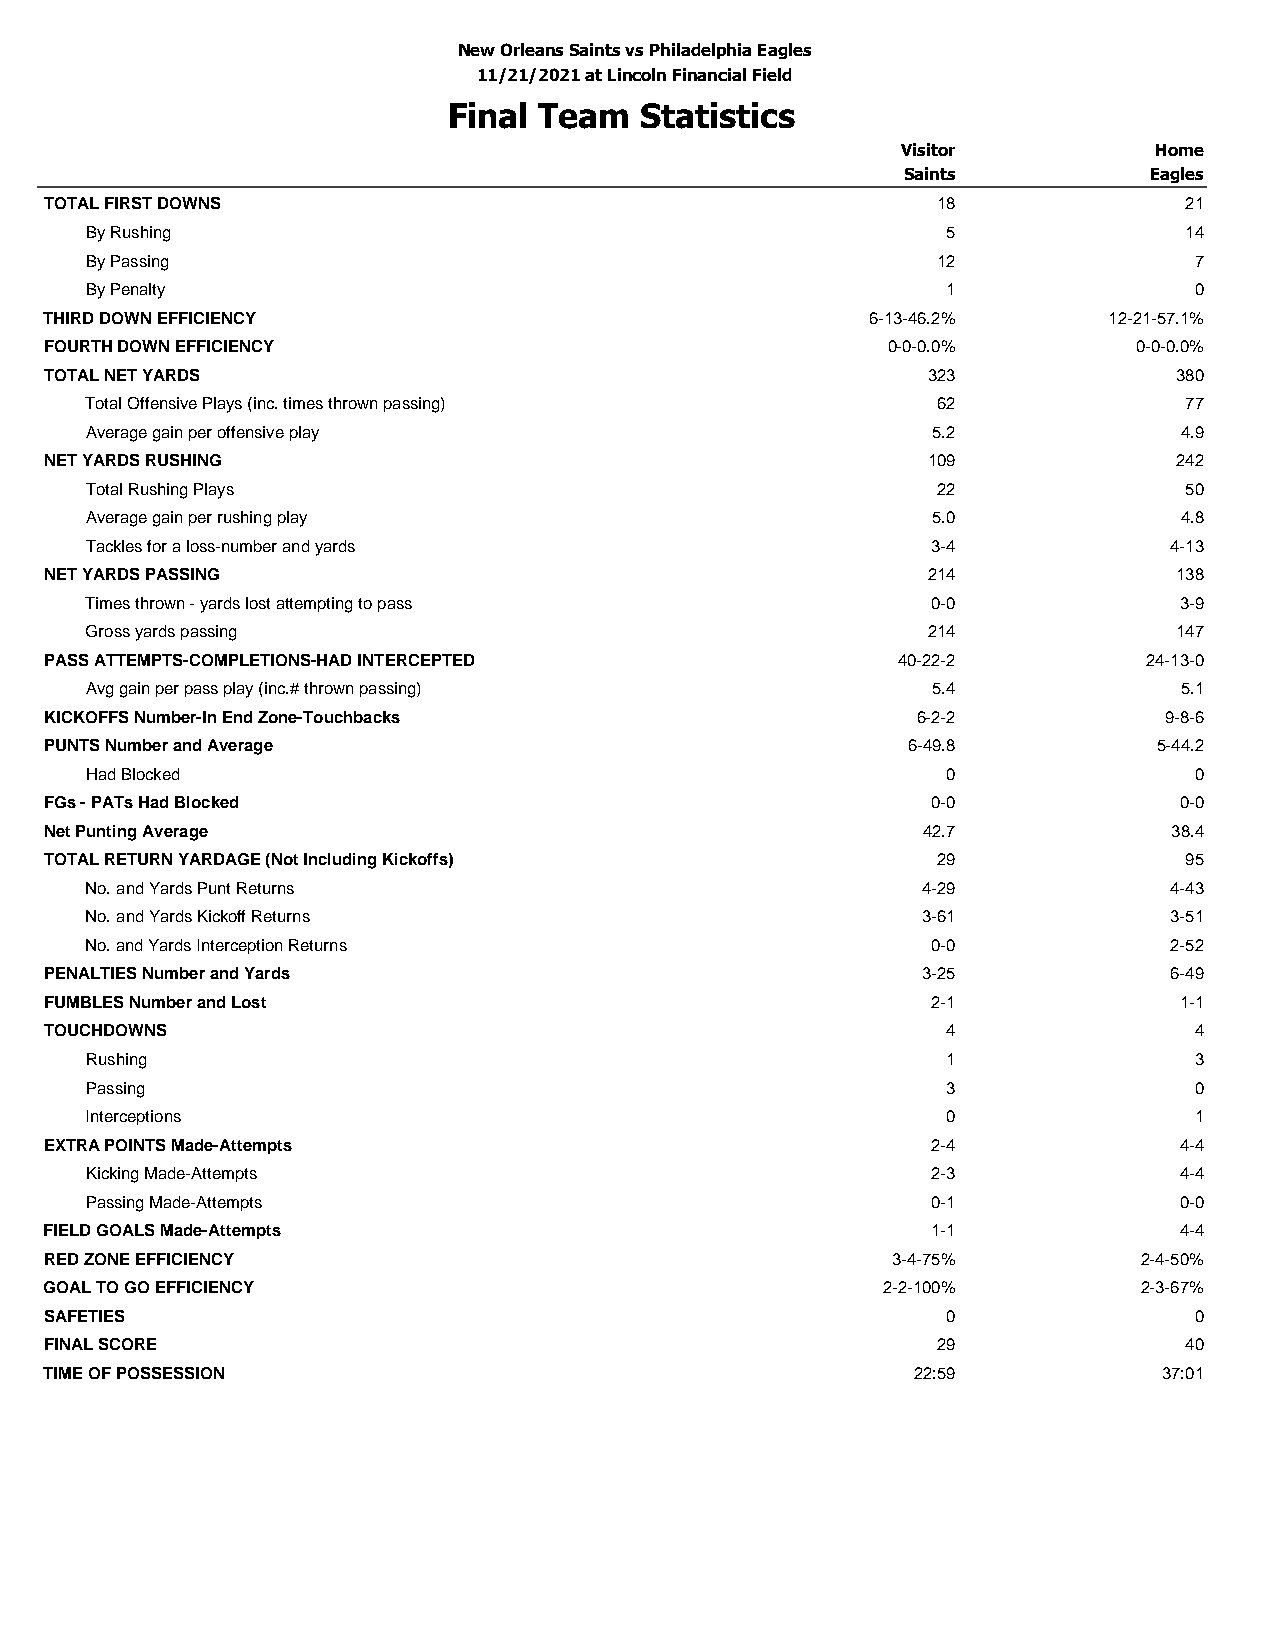
New Orleans Saints vs Philadelphia Eagles
 11/21/2021 at Lincoln Financial Field
 Final Team  Statistics
 Visitor         Home
 Saints          Eagles
 TOTAL FIRST DOWNS                                          18              21
 By Rushing                                               5              14
 By Passing                                              12               7
 By Penalty                                               1               0
 THIRD DOWN EFFICIENCY                                  6-13-46.2%     12-21-57.1%
 FOURTH DOWN EFFICIENCY                                  0-0-0.0%        0-0-0.0%
 TOTAL NET YARDS                                           323              380
 Total Offensive Plays (inc. times thrown passing)       62              77
 Average gain per offensive play                         5.2             4.9
 NET YARDS RUSHING                                         109              242
 Total Rushing Plays                                     22              50
 Average gain per rushing play                           5.0             4.8
 Tackles for a loss-number and yards                     3-4            4-13
 NET YARDS PASSING                                         214              138
 Times thrown - yards lost attempting to pass            0-0             3-9
 Gross yards passing                                    214              147
 PASS ATTEMPTS-COMPLETIONS-HAD INTERCEPTED               40-22-2          24-13-0
 Avg gain per pass play (inc.# thrown passing)           5.4             5.1
 KICKOFFS Number-In End Zone-Touchbacks                    6-2-2           9-8-6
 PUNTS Number and Average                                 6-49.8           5-44.2
 Had Blocked                                              0               0
 FGs - PATs Had Blocked                                     0-0             0-0
 Net Punting Average                                       42.7             38.4
 TOTAL RETURN YARDAGE (Not Including Kickoffs)              29              95
 No. and Yards Punt Returns                             4-29            4-43
 No. and Yards Kickoff Returns                          3-61            3-51
 No. and Yards Interception Returns                      0-0            2-52
 PENALTIES Number and Yards                                3-25            6-49
 FUMBLES Number and Lost                                    2-1             1-1
 TOUCHDOWNS                                                  4               4
 Rushing                                                  1               3
 Passing                                                  3               0
 Interceptions                                            0               1
 EXTRA POINTS Made-Attempts                                 2-4             4-4
 Kicking Made-Attempts                                   2-3             4-4
 Passing Made-Attempts                                   0-1             0-0
 FIELD GOALS Made-Attempts                                  1-1             4-4
 RED ZONE EFFICIENCY                                     3-4-75%          2-4-50%
 GOAL TO GO EFFICIENCY                                  2-2-100%          2-3-67%
 SAFETIES                                                    0               0
 FINAL SCORE                                                29              40
 TIME OF POSSESSION                                       22:59            37:01